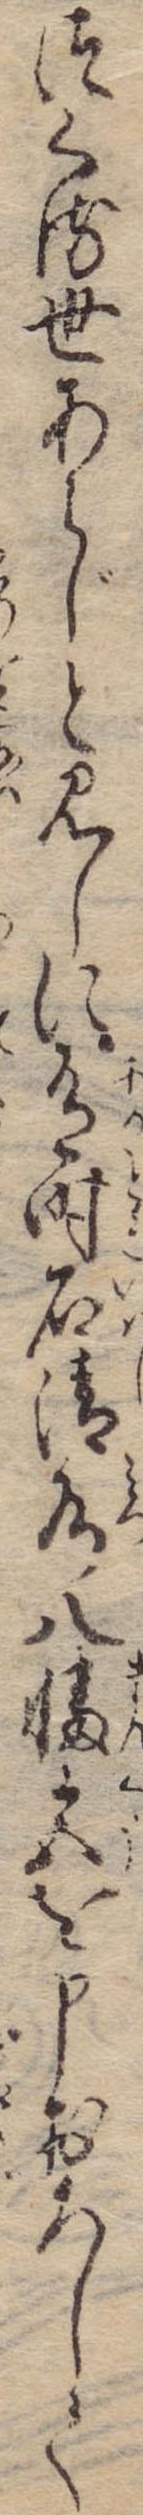
つくる世あらじと見しに有時石清水八幡宮を申おろして